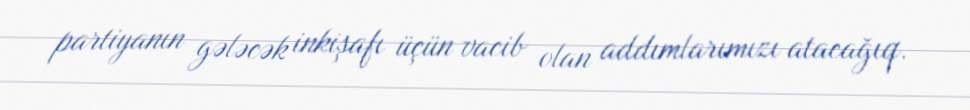
partiyanın gələcək inkişafı üçün vacib olan addımlarımızı atacağıq.